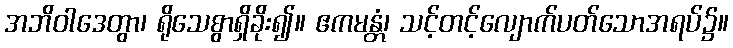
အဘိဝါဒေတွာ၊ ရိုသေစွာရှိခိုး၍။ ဧကမန္တံ၊ သင့်တင့်လျောက်ပတ်သောအရပ်၌။